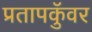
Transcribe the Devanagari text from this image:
प्रतापकुॅवर